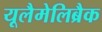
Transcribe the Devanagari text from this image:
यूलैमेलिब्रैक